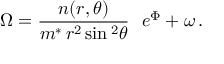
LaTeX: \Omega = \frac { n ( r , \theta ) } { m ^ { * } \, r ^ { 2 } \sin { } ^ { 2 } \theta } \, \, \, \, e ^ { \Phi } + \omega \, .